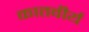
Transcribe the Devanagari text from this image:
कातवीर्य